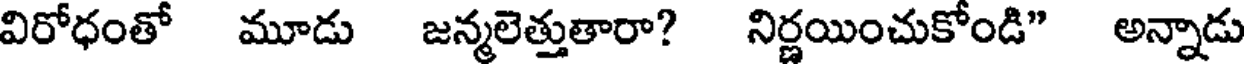
విరోధంతో మూడు జన్మలెత్తుతారా? నిర్ణయించుకోండి" అన్నాడు